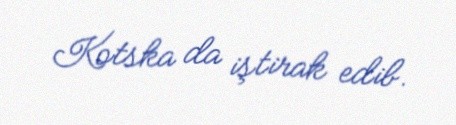
Kotska da iştirak edib.